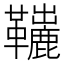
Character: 𩍽